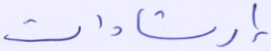
إرشادات